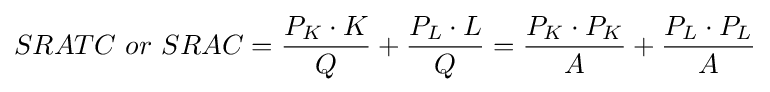
SRATC\ or\ SRAC={\frac {P_{K}\cdot K}{Q}}+{\frac {P_{L}\cdot L}{Q}}={\frac {P_{K}\cdot P_{K}}{A}}+{\frac {P_{L}\cdot P_{L}}{A}}